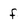
Character: f